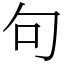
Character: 句